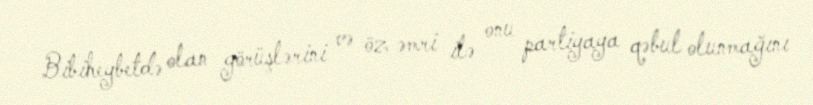
Bibiheybetdə olan görüşlərini və öz əmri ilə onu partiyaya qəbul olunmağını